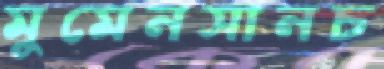
মুমেনসানচ